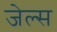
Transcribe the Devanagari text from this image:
जेल्स